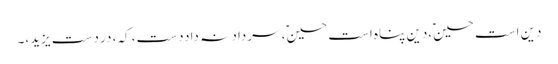
دین است حسینؑ،دین پناہ است حسینؑ، سرداد نہ داددست، کہ، در دست یزید،۔